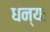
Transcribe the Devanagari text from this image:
धन्यः